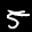
Label: 5